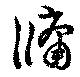
牖